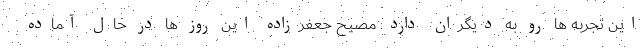
این تجربه ها رو به دیگران دارد. مصیح جعفرزاده این روز ها در حال آماده